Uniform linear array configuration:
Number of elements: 24
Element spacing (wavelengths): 1
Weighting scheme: cosine
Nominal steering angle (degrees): -60
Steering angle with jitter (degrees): -59.254
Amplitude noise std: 0.05
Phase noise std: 0.05

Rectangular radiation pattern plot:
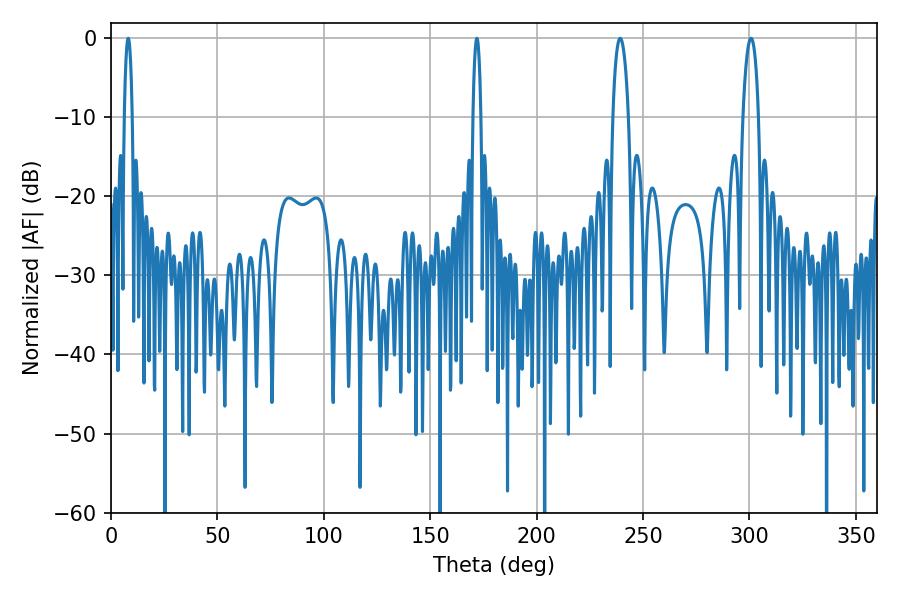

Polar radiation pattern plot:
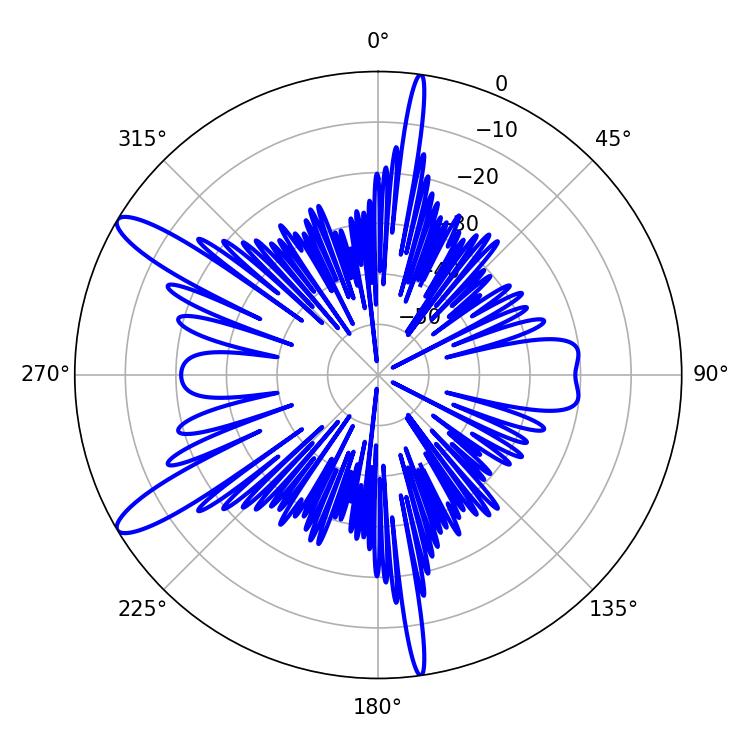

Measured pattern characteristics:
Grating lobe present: TRUE
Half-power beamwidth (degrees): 4.14
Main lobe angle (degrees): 239.22